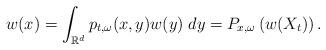
LaTeX: \begin{align*} w(x)=\int_{\mathbb{R}^d}p_{t,\omega}(x,y)w(y)\;dy=P_{x,\omega}\left(w(X_t)\right).\end{align*}